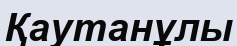
Қаутанұлы